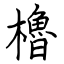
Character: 櫓